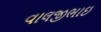
વાલજીભાઇ